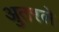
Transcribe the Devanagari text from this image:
अुतरले